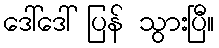
ဒေါ်ဒေါ် ပြန် သွားပြီ။